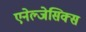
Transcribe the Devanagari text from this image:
एनेल्जेसिक्स